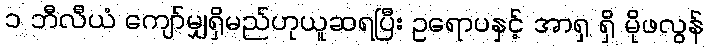
၁ ဘီလီယံ ကျော်မျှရှိမည်ဟုယူဆရပြီး ဥရောပနှင့် အာရှ ရှိ မိုဖလွန်